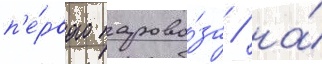
п'е́рвого парово́за / на́